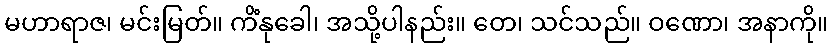
မဟာရာဇ၊ မင်းမြတ်။ ကိံနုခေါ၊ အသို့ပါနည်း။ တေ၊ သင်သည်။ ဝဏော၊ အနာကို။